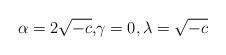
LaTeX: \begin{align*}\alpha=2\sqrt{-c}, &\gamma=0, \lambda=\sqrt{-c} \end{align*}